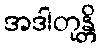
အဒါတုန္တိ